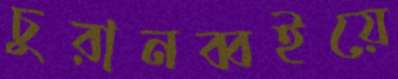
চুরানব্বইয়ে